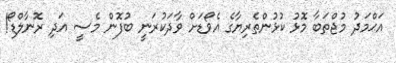
އަޙްމަދު މުޖްތަބާ މޮޅު ކުޅުންތެރިޔާގެ އެވޯޑަށް ވާދަކުރަނީ ބުފޮން މެސީ އަދި ރޮނާލްޑޯ!